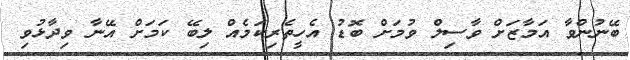
ބޭނުންވާ އަމާޒަށް ވާސިލް ވުމަށް ބޮޑު އެހީތެރިކަމެއް ލިބޭ ކަމަށް އޭނާ ވިދާޅުވި